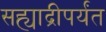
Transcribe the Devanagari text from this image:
सह्याद्रीपर्यंत